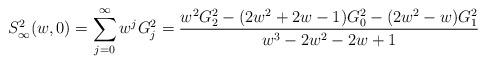
LaTeX: \begin{align*}S_\infty^2 (w,0)=\sum_{j = 0}^\infty {w^j G_j^2 } = \frac{{w^2 G_2^2 - (2w^2 + 2w - 1)G_0^2 - (2w^2 - w)G_1^2 }}{{w^3 - 2w^2 - 2w + 1}}\end{align*}